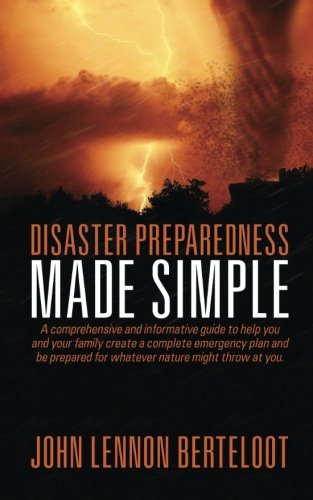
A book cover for Disaster Preparedness Made Simple: A comprehensive and informative guide to help you, your family and your business create a complete emergency plan ... before, during and after natural disasters.; John Lennon Berteloot; Travel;